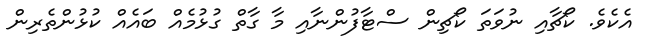
އެކެވެ. ކޯޗާއި ނުވަތަ ކޯޗިން ސްޓާފުންނާއި މާ ގާތް ގުޅުމެއް ބައެއް ކުޅުންތެރިން